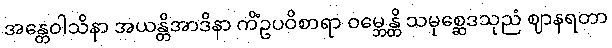
အန္တေဝါသိနာ အယန္တိအာဒိနာ ကိံဥပဝိစာရာ ဝမ္ဘေန္တိ သမုစ္ဆေဒသုညံ ဈာနရတာ